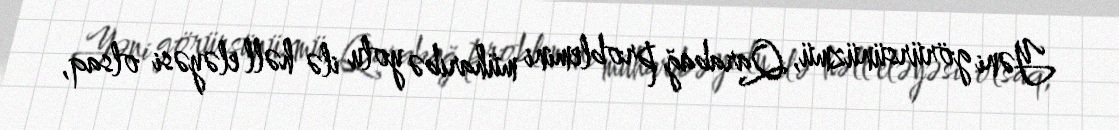
Yəni görürsünüzmü, Qarabağ problemini müharibə yolu ilə həll eləyəsi olsaq,